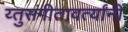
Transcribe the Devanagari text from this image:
य्तुसंगीतावर्त्यांनी